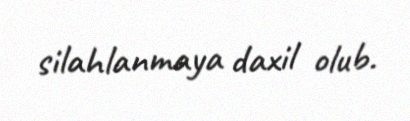
silahlanmaya daxil olub.